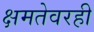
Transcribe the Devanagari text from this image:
क्षमतेवरही